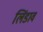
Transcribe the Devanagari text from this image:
लिंडाव